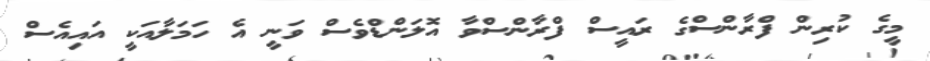
މީގެ ކުރިން ފްރާންސްގެ ރައީސް ފްރާންސްވާ އޮލަންޑްވެސް ވަނީ އެ ހަމަލާއަކީ އައިއެސް